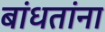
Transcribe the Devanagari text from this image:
बांधतांना